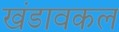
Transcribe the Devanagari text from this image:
खंडावकल